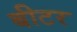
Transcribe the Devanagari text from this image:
बीटर